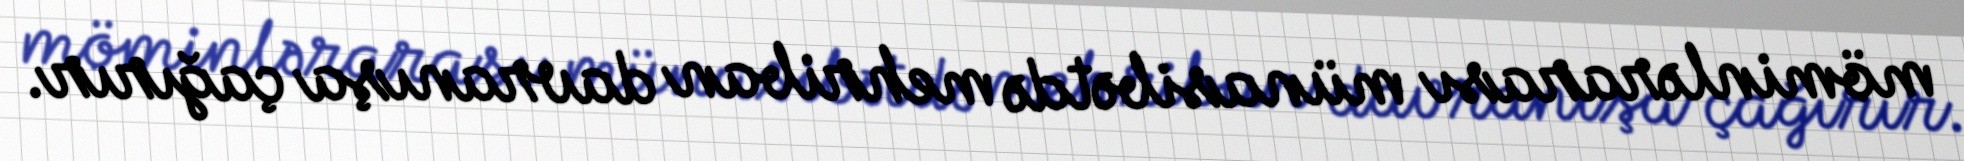
möminlərarası münasibətdə mehriban davranışa çağırır.